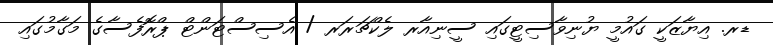
ޑރ. އިޔާޒަކީ ގައުމީ ޔުނިވާސިޓީގައި ސީނިއާރ ލެކްޗަރަރ / އެސިސްޓަންޓް ޕްރޮފެސާގެ މަގާމުގައި